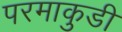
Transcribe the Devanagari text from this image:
परमाकुडी